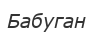
Бабуган